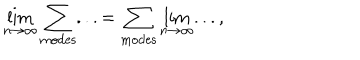
\lim _ { n \rightarrow \infty } \sum _ { \mathrm { m o d e s } } . . . = \sum _ { \mathrm { m o d e s } } \lim _ { n \rightarrow \infty } . . . ,